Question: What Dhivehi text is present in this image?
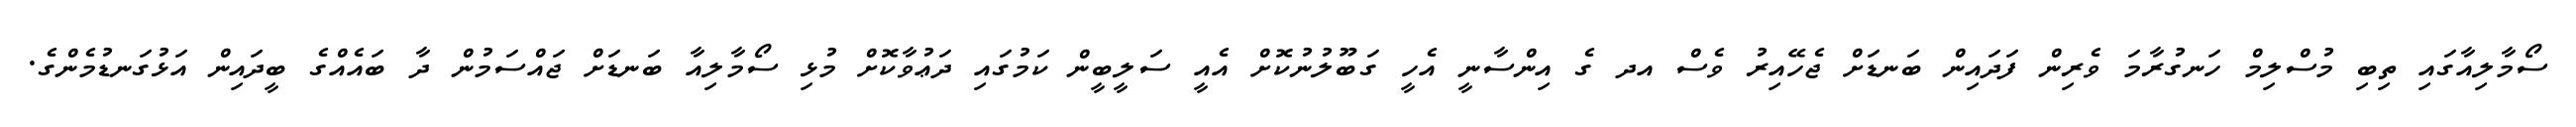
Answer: ސޯމާލިއާގައި ތިބި މުސްލިމް ހަނގުރާމަ ވެރިން ފަދައިން ބަނޑަށް ޖެހޭއިރު ވެސް އދ ގެ އިންސާނީ އެހީ ގަބޫލުނުކޮށް އެއީ ސަލީބީން ކަމުގައި ދަޢުވާކޮށް މުޅި ސޯމާލިއާ ބަނޑަށް ޖައްސަމުން ދާ ބައެއްގެ ބީދައިން އަޅުގަނޑުމެންގެ.